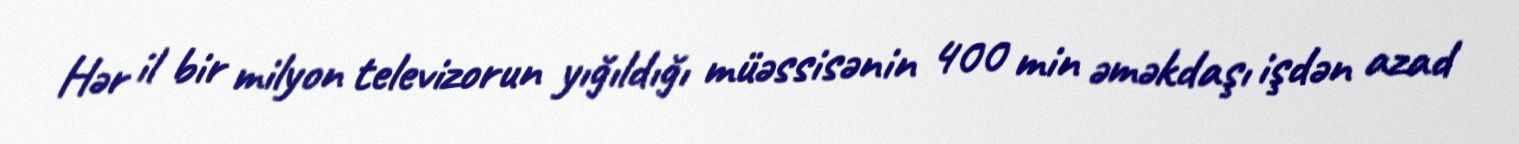
Hər il bir milyon televizorun yığıldığı müəssisənin 400 min əməkdaşı işdən azad